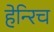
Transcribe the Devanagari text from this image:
हेन्‍रिच